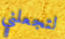
لتجعلني